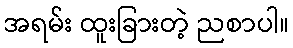
အရမ်း ထူးခြားတဲ့ ညစာပါ။